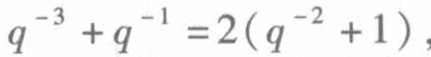
\(q^{-3}+q^{-1}=2(q^{-2}+1)\)